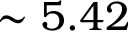
\sim 5 . 4 2